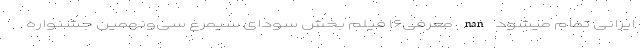
ایرانی تمام میشود nan معرفی۱۶ فیلم بخش سودای سیمرغ سی‌ونهمین جشنواره